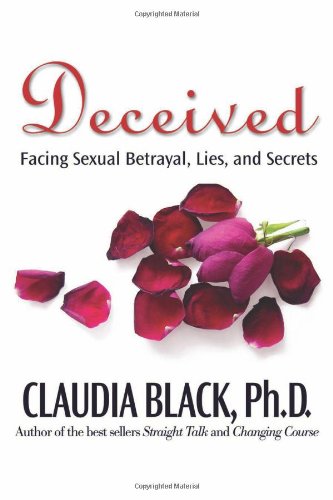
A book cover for Deceived: Facing Sexual Betrayal Lies and Secrets; Claudia Black; Self-Help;